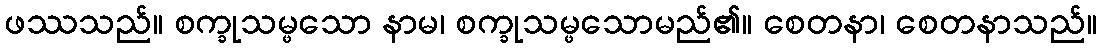
ဖဿသည်။ စက္ခုသမ္ဖသော နာမ၊ စက္ခုသမ္ဖသောမည်၏။ စေတနာ၊ စေတနာသည်။